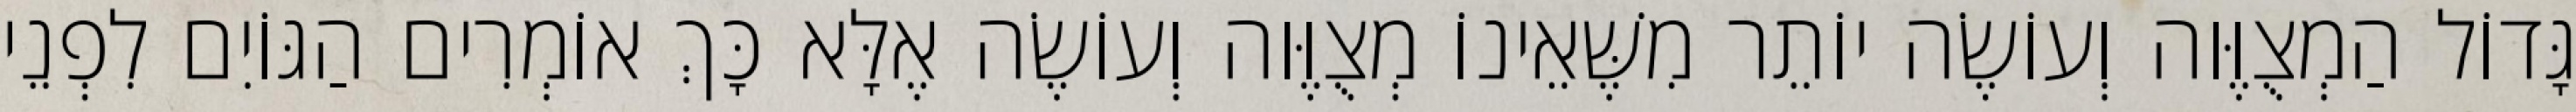
גָּדוֹל הַמְצֻוֶּוה וְעוֹשֶׂה יוֹתֵר מִשֶּׁאֵינוֹ מְצֻוֶּוה וְעוֹשֶׂה אֶלָּא כָּךְ אוֹמְרִים הַגּוֹיִם לִפְנֵי